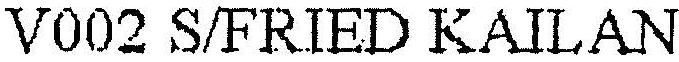
V002 S/FRIED KAILAN